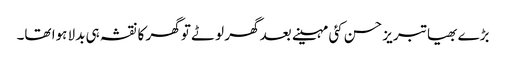
بڑے بھیا تبریز حسن کئی مہینے بعد گھر لوٹے تو گھر کا نقشہ ہی بدلا ہوا تھا۔